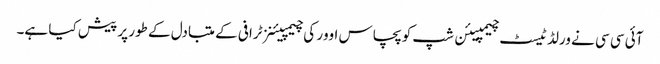
آئی سی سی نے ورلڈ ٹیسٹ چیمپیئن شپ کو پچاس اوور کی چیمپیئنز ٹرافی کے متبادل کے طور پر پیش کیا ہے۔